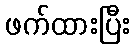
ဖက်ထားပြီး